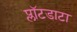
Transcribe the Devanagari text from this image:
प्लॉटडाटा